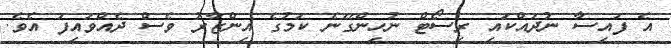
އެ ފައިސާ ނުދައްކައި ރިސޯޓް ނުހިންގޭނެ ކަމުގެ އިންޒާރު ވެސް ދެއްވައިފަ އެވެ.